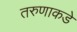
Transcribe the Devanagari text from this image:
तरुणाकडे